Annual report of the Punjab Veterinary College and of the Civil Veterinary Department, Punjab - 1909-1919
Year: 1909
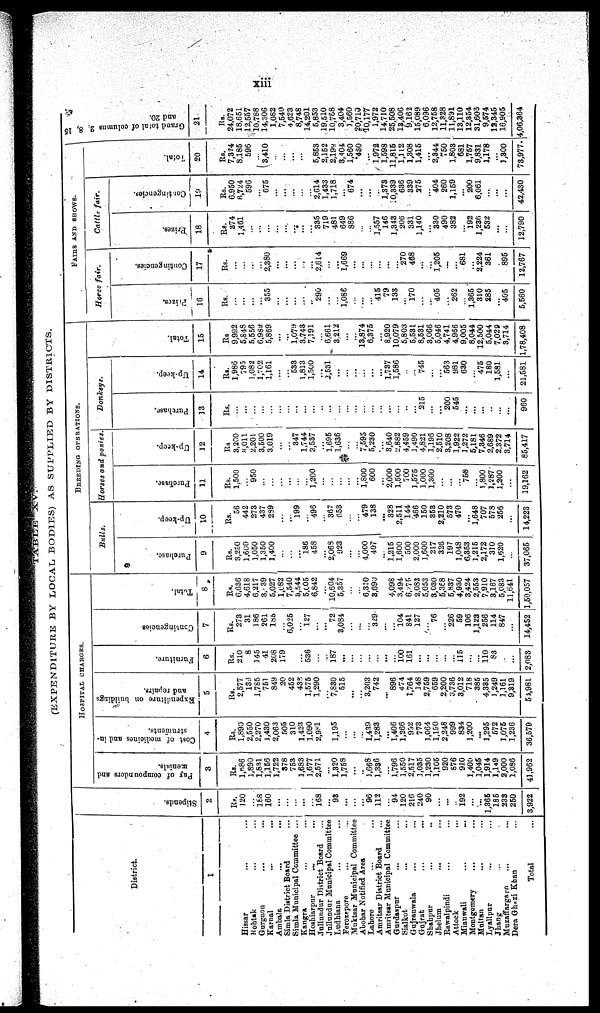
xiii
TABLE
XV.
(EXPENDITURE BY LOCAL BODIES) AS SUPPLIED BY DISTRICTS.
District.
1
Hissar ... ...
Rohtak ... ...
Gurgaon ... ...
Karnal ... ...
Ambala ... ...
Simla District Board
Simla Municipal Committee ...
Kangra ... ...
Hoshiarpur ... ...
Jullundur District Board ...
Jullundur Municipal Committee
Ludhiana ... ...
Ferozepore ... ...
Muktsar Municipal Committee
Abohar Notified Area
Lahore ... ...
Amritsar District Board ...
Amritsar Municipal Committee
Gurdaspur ... ...
Sialkot ... ...
Gujranwala ... ...
Gujrat
...
...
Shahpur ... ...
Jhelum ... ...
Rawalpindi ... ...
Attock ...
Mianwali
...
...
Montgomery ... ...
Multan ... ...
Lyallpur ... ...
Jhang ...
Muzaffargarh
... ...
Dera Ghazi Khan ...
Total ...
St i
pends.
2
Rs.
120
...
188
160
...
...
...
...
...
168
...
93
...
...
...
96
112
...
94
120
216
240
90
...
...
...
192
...
...
1,365
185
233
250
3,922
HOSPITAL CHARGES.
Pay of compounders and
menials.
3
Rs.
1,686
1,890
1,831
1,156
1,722
378
753
1,683
1,677
2,571
...
1,320
1,758
...
...
3,663
1,336
...
1,796
1,550
2,517
1,035
1,230
1,105
920
876
910
1,400
1,045
1,914
1,149
2,000
1,086
41,962
Cost of medicines and in-
struments.
4
Rs.
1,890
2,550
2,270
1,430
2,063
505
310
1,423
1,090
2,981
1,195
...
...
...
1,439
1,283
...
1,406
1,266
992
773
1,064
1,190
2,248
999
834
1,200
...
1,295
572
1,075
1,236
36,579
Expenditure on buildings
and repairs.
5
Rs.
2,577
139
1,785
751
849
20
452
438
1,575
1,290
...
7,830
515
...
3,203
742
...
896
474
1,764
148
2,759
659
2,200
3,736
3,012
718
385
4,385
1,249
1,161
9,319
54,981
Fur ni t
ur e.
6
Rs.
210
8
145
41
208
179
...
...
536
...
..
187
...
...
...
...
...
...
100
161
...
...
...
...
...
115
...
...
110
83
...
...
2,083
Cont i
ngenci es
7
Rs.
273
31
186
261
185
...
6,025
...
127
...
...
72
3,084
...
...
...
329
...
...
104
841
127
...
76
...
226
59
106
1,123
256
114
847
...
14,452
Total.
8
Rs.
6,636
4,618
6,217
3, 39
5,027
1,082
7,540
3,544
5,005
6,842
...
10,604
5,357
...
...
6,310
3,690
4,098
3,494
6,275
2,083
5,053
8,030
5,368
5,837
4,930
3,424
2,553
7,910
3,167
5,083
11,641
1,50,057
BREEDING
OPERATIONS.
Bulls.
Purchase.
9
Rs.
3,250
1,600
1,050
1,350
1,400
...
...
...
186
458
...
2,068
923
...
...
4,000
407
..
1,215
1,600
500
2,000
1,600
217
326
197
1,048
6,353
1,215
2,172
310
1,620
...
37,065
Up-keep.
10
Rs.
56
442
273
437
289
...
...
199
...
496
...
367
653
...
...
479
138
...
328
2,511
144
466
150
353
2,210
573
470
...
1,648
707
578
256
...
14,223
Horses and ponies
Purchase.
11
Rs.
1,500
...
950
...
...
...
...
...
...
1,200
...
...
...
...
...
1,800
600
...
2,000
1,500
700
1,575
1,000
1,300
...
...
...
750
...
1,800
1,287
1,200
...
19,162
Up-keep.
12
Rs
3,200
8,011
2,201
3,500
3,019
...
...
347
1,744
3,537
1,695
1,636
7,595
5,230
3,640
2,882
4,459
1,490
4,821
1,196
2,510
3,208
1,922
1,272
5,181
7,346
2,689
2,372
3,714
85,417
Donkeys.
Purchase.
13
Rs.
...
...
...
...
...
...
...
...
...
...
...
...
...
...
...
...
...
...
...
..
...
215
...
...
200
545
...
...
...
...
...
...
960
Up-keep.
14
Rs.
1,986
795
1,082
1,702
1,161
...
...
533
1,813
1,500
...
2,531
...
...
...
...
...
...
1,737
1,586
...
...
745
...
...
563
981
630
...
475
180
1,581
...
21,581
Tot al .
15
Rs
9,992
5,848
5,556
6,989
5,869
...
...
1,079
3,743
7,191
...
6,661
3,212
...
...
13,874
6,375
...
8,920
10,079
5,803
5,531
8,531
3,066
5,046
4,741
4,966
9,005
8,044
12,500
5,044
7,029
3,714
1,78,408
FAIRS
AND
SHOWS.
Horse
fair.
Prizes.
16
Rs.
...
...
...
...
355
...
...
...
...
...
290
...
...
1,086
...
...
...
415
79
133
...
170
...
...
405
...
262
...
1,365
310
285
...
405
5,560
Contingencies.
17
Rs.
...
...
...
...
2,380
...
...
...
...
....
2,614
...
...
1,669
...
...
...
...
...
...
270
468
...
...
1,205
...
...
681
...
2,224
361
...
895
12,767
Cattle fair.
Prizes.
18
Rs.
374
1,461
...
...
...
...
...
...
...
...
335
719
481
649
886
...
...
1,557
146
1,343
206
331
1,140
...
330
490
382
...
192
1,236
532
...
...
12,790
Contingencies.
19
Rs.
6,950
6,724
596
...
675
...
...
...
...
...
2,614
1,433
1,718
...
674
...
...
...
1,373
10,339
636
339
275
...
404
260
1,159
...
200
6,061
...
...
...
42,430
Tot al .
20
Rs.
7,324
8,185
596
...
3,410
...
...
...
...
...
5,853
2,152
2,198
3,404
1,560
480
...
1,972
1,598
11,815
1,112
1,308
1,415
...
2,844
750
1,803
681
1,757
9,831
1,178
...
1,300
73,977
Grand total of columns 2, 8, 15
and 20.
21
Rs.
24,072
18,651
12,557
10,788
14,306
1,082
7,540
4,623
8,748
14,201
5,853
19,510
10,768
3,404
1,560
20,710
10,177
1,972
14,710
25,508
13,406
9,162
15,089
6,096
12,758
11,328
11,891
13,110
12,354
31,603
9,574
12,345
16,905
4,06,364